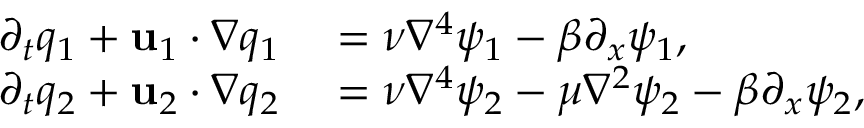
\begin{array} { r l } { \partial _ { t } q _ { 1 } + \mathbf { u } _ { 1 } \cdot \nabla q _ { 1 } } & { { } = \nu \nabla ^ { 4 } \psi _ { 1 } - \beta \partial _ { x } \psi _ { 1 } , } \\ { \partial _ { t } q _ { 2 } + \mathbf { u } _ { 2 } \cdot \nabla q _ { 2 } } & { { } = \nu \nabla ^ { 4 } \psi _ { 2 } - \mu \nabla ^ { 2 } \psi _ { 2 } - \beta \partial _ { x } \psi _ { 2 } , } \end{array}